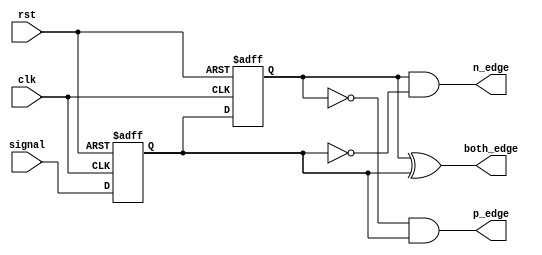
module edge_detect
//#()
(
input clk,
input rst,
input signal,
output p_edge,
output n_edge,
output both_edge
);

reg sig_0,sig_1;
assign p_edge=~sig_1&sig_0;
assign n_edge=sig_1&~sig_0;
assign both_edge=sig_1^sig_0;

always @ (posedge clk or negedge rst) begin
	if (!rst) begin
		sig_0<=0;
		sig_1<=0;
	end
	else begin
		sig_0<=signal;
		sig_1<=sig_0;
	end
end

endmodule